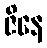
ဇိနေ